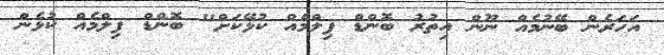
އަހަރެން ބޭނުމެއް ނޫން އިތުރު ބޮންޑް ފިލްމެއް ކުޅޭކަށް" ބޮންޑް ފިލްމެއް ކުޅެން